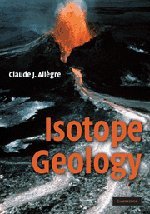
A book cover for Isotope Geology; Claude J. AllÃ¨gre; Science & Math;